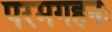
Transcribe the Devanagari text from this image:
परमगहनः